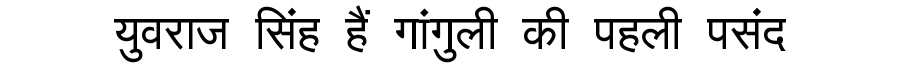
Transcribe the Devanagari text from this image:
युवराज सिंह हैं गांगुली की पहली पसंद